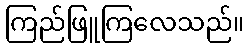
ကြည်ဖြူကြလေသည်။